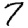
Digit: 7